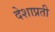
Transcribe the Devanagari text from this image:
देशाप्रती